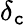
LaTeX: \delta_{\mathtt{c}}